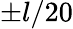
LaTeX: \pm l/20